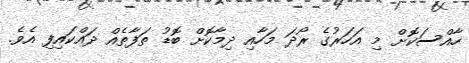
ހާއްސަކޮށް މި އަހަރުގެ ރޯދަ މަހާއި ދިމާކޮށް ބޮޑު ތަފާތެއް ދައްކައިފި އެވެ.